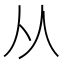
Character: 从